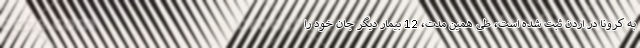
به کرونا در اردن ثبت شده است، طی همین مدت، 12 بیمار دیگر جان خود را